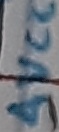
Text: AVCC